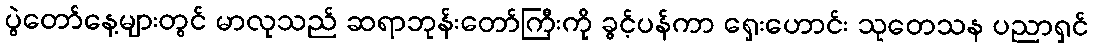
ပွဲတော်နေ့များတွင် မာလုသည် ဆရာဘုန်းတော်ကြီးကို ခွင့်ပန်ကာ ရှေးဟောင်း သုတေသန ပညာရှင်